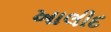
ખાલીદ